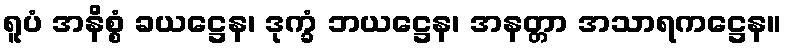
ရူပံ အနိစ္စံ ခယဋ္ဌေန၊ ဒုက္ခံ ဘယဋ္ဌေန၊ အနတ္တာ အသာရကဋ္ဌေန။